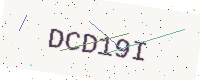
Text: DCD19I